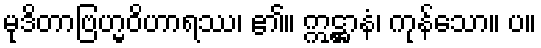
မုဒိတာဗြဟ္မဝိဟာရဿ၊ ၏။ ဣဋ္ဌာနံ၊ ကုန်သော။ ပ။